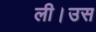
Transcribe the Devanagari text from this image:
ली।उस